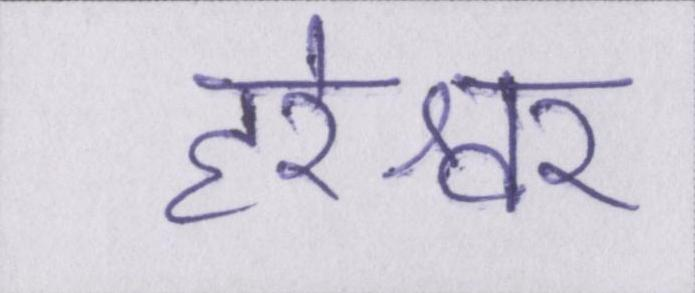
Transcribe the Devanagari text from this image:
हरेश्वर